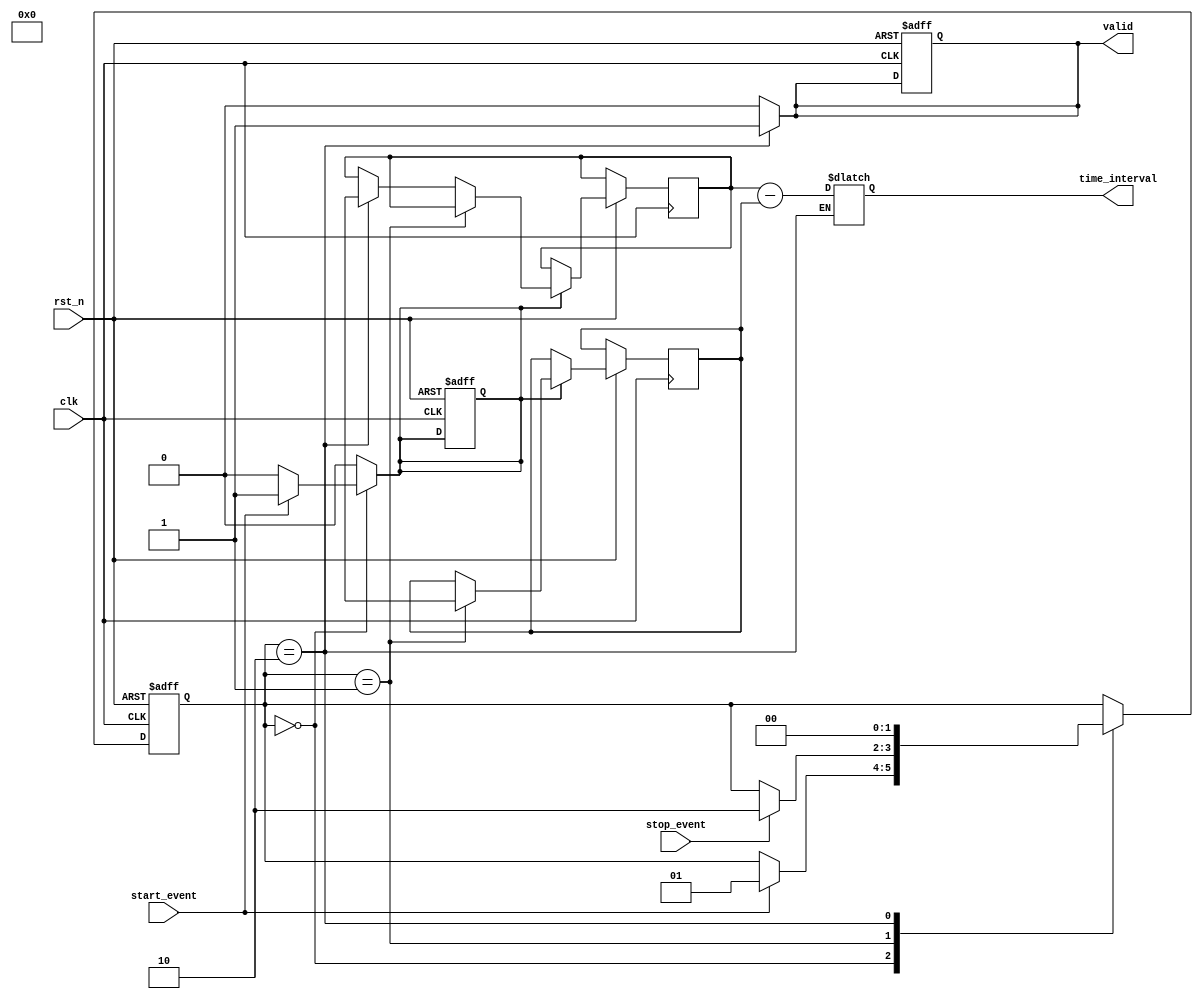
module tdc_single_shot (
    input wire clk,            // High-frequency clock
    input wire rst_n,          // Active low reset
    input wire start_event,    // Start event signal
    input wire stop_event,     // Stop event signal
    output reg [31:0] time_interval, // Output for time difference
    output reg valid          // Output valid flag
);

    reg [31:0] start_timestamp; // To store the start time
    reg [31:0] stop_timestamp;  // To store the stop time

    // Internal state
    reg capturing; // States for capturing timestamps
    parameter IDLE = 2'b00, START_CAPTURE = 2'b01, STOP_CAPTURE = 2'b10;

    reg [1:0] state, next_state;

    // Sequential logic for state transitions and timestamp capturing
    always @(posedge clk or negedge rst_n) begin
        if (!rst_n) begin
            state <= IDLE;
            capturing <= 0;
            valid <= 0;
        end else begin
            state <= next_state;
            if (capturing) begin
                if (state == START_CAPTURE) begin
                    start_timestamp <= $time; // Capture the start time
                end else if (state == STOP_CAPTURE) begin
                    stop_timestamp <= $time; // Capture the stop time
                end
            end
        end
    end

    // Combinational logic for state machine and time interval calculation
    always @* begin
        // Default values
        next_state = state;
        capturing = 0;
        valid = 0;

        case (state)
            IDLE: begin
                if (start_event) begin
                    next_state = START_CAPTURE;
                    capturing = 1; // Begin capturing
                end
            end

            START_CAPTURE: begin
                if (stop_event) begin
                    next_state = STOP_CAPTURE;
                end
            end
            
            STOP_CAPTURE: begin
                time_interval = stop_timestamp - start_timestamp; // Calculate time difference
                valid = 1;   // Indicate output is valid
                next_state = IDLE; // Return to idle state after capturing
            end
        endcase
    end

endmodule